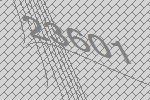
23601